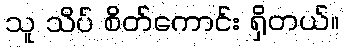
သူ သိပ် စိတ်ကောင်း ရှိတယ်။